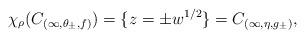
LaTeX: \begin{align*}\chi_\rho(C_{(\infty,\theta_\pm,f)})= \{z = \pm w^{1/2}\}= C_{(\infty,\eta,g_\pm)},\end{align*}